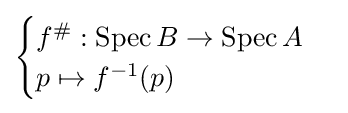
{\begin{cases}f^{\#}:\operatorname {Spec} B\to \operatorname {Spec} A\\p\mapsto f^{-1}(p)\end{cases}}